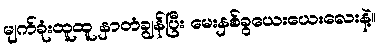
မျက်ခုံးထူထူ နှာတံချွန်ပြီး မေးနှစ်ခွယေးယေးလေးနဲ့။